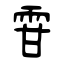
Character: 雸